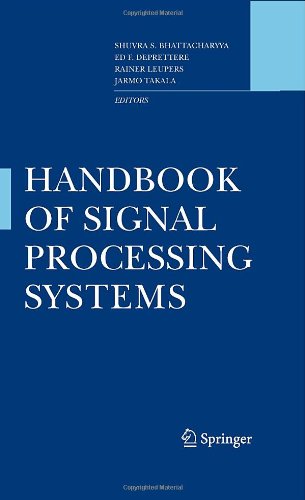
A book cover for Handbook of Signal Processing Systems; Computers & Technology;